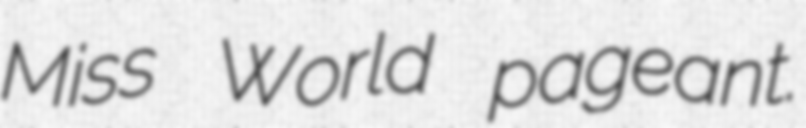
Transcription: Miss World pageant.